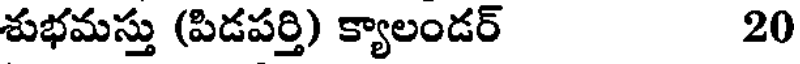
శుభమస్తు (పిడపర్తి) క్యాలండర్ 20